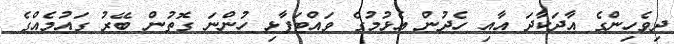
ދިވެހިންގެ އާދަކާދަ އާއި ހެދުން އެޅުމުގެ ވައްޓަފާޅި ހުންނަ ގޮތުން ބޭރު ގައުމެއްގެ